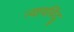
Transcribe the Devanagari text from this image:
न्यायविंदु